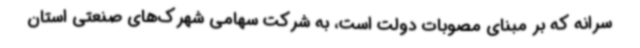
سرانه که بر مبنای مصوبات دولت است، به شرکت سهامی شهرک‌های صنعتی استان